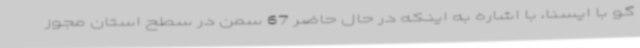
گو با ایسنا، با اشاره به اینکه در حال حاضر 67 سمن در سطح استان مجوز